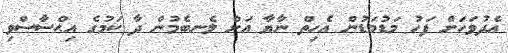
އެދުވަހަށް ފަހު މަޑުމަޑުން އެހިތް ނާޔާ އަށް ލެނބެމުން ދާ ކަމުގެ އިޙްސާސްވި